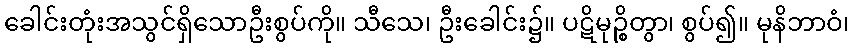
ခေါင်းတုံးအသွင်ရှိသောဦးစွပ်ကို။ သီသေ၊ ဦးခေါင်း၌။ ပဋိမုဉ္စိတွာ၊ စွပ်၍။ မုနိဘာဝံ၊